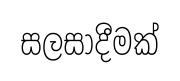
සලසාදීමක්